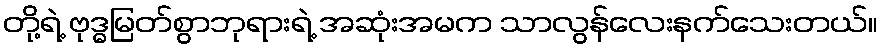
တို့ရဲ့ ဗုဒ္ဓမြတ်စွာဘုရားရဲ့ အဆုံးအမက သာလွန်လေးနက်သေးတယ်။